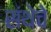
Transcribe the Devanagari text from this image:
संथेचे